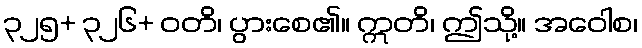
၃၂၅+ ၃၂၆+ ဝတိ၊ ပွားစေ၏။ ဣတိ၊ ဤသို့။ အဝေါစ၊